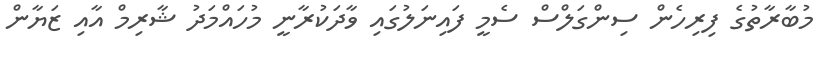
މުބާރާތުގެ ފިރިހެން ސިންގަލްސް ސެމީ ފައިނަލުގައި ވާދަކުރާނީ މުހައްމަދު ޝާރިމް އާއި ޒަޔާން